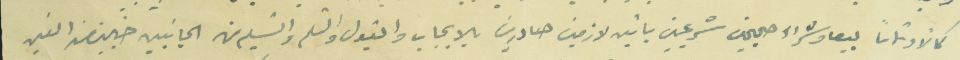
كمالاً وتماماً بيعاً وشراءً صحيحين شرعيين باتين لازمين صادرين بالايجاب والقبول والتسلم والتسليم من الجانبين خاليين من الغبن